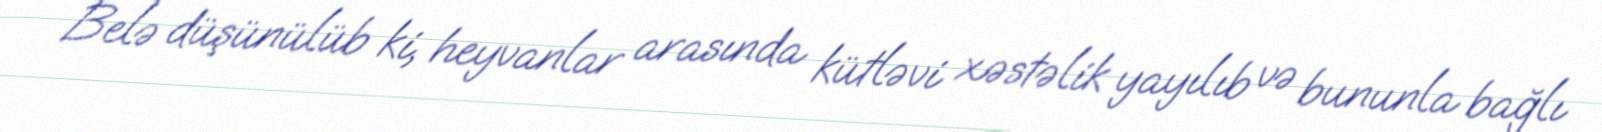
Belə düşünülüb ki, heyvanlar arasında kütləvi xəstəlik yayılıb və bununla bağlı